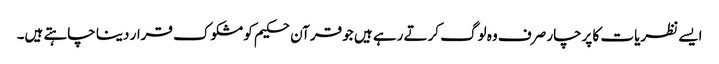
ایسے نظریات کا پرچار صرف وہ لوگ کرتے رہے ہیں جو قرآن حکیم کو مشکوک قرار دینا چاہتے ہیں۔